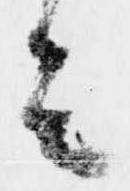
者